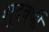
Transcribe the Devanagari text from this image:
शूद्रवर्णी